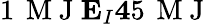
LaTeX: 1\, \mathrm{~M~J~}\le E_{I}\le 45\, \mathrm{~M~J~}